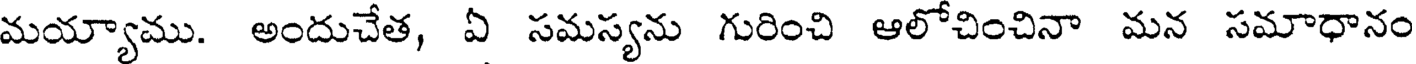
మయ్యాము. అందుచేత, ఏ సమస్యను గురించి ఆలోచించినా మన సమాధానం